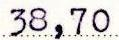
38,70